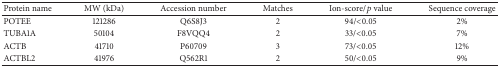
<table><thead><tr><td><b>Protein name</b></td><td><b>MW (kDa)</b></td><td><b>Accession number</b></td><td><b>Matches</b></td><td><b>Ion-score/<i>p</i> value</b></td><td><b>Sequence coverage</b></td></tr></thead><tbody><tr><td>POTEE</td><td>121286</td><td>Q6S8J3</td><td>2</td><td>94/&lt;0.05</td><td>2%</td></tr><tr><td>TUBA1A</td><td>50104</td><td>F8VQQ4</td><td>2</td><td>33/&lt;0.05</td><td>7%</td></tr><tr><td>ACTB</td><td>41710</td><td>P60709</td><td>3</td><td>73/&lt;0.05</td><td>12%</td></tr><tr><td>ACTBL2</td><td>41976</td><td>Q562R1</td><td>2</td><td>50/&lt;0.05</td><td>9%</td></tr></tbody></table>